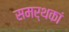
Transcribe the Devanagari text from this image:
समर्थकां